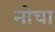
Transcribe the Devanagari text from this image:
नोचा